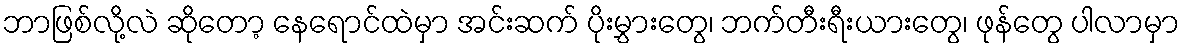
ဘာဖြစ်လို့လဲ ဆိုတော့ နေရောင်ထဲမှာ အင်းဆက် ပိုးမွှားတွေ၊ ဘက်တီးရီးယားတွေ၊ ဖုန်တွေ ပါလာမှာ